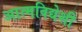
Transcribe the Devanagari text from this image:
आत्मविद्येशी